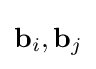
\mathbf {b} _{i},\mathbf {b} _{j}